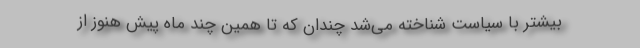
بیشتر با سیاست شناخته می‌شد چندان که تا همین چند ماه پیش هنوز از